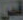
قص